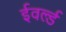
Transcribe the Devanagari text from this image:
ईवर्ल्ड